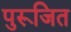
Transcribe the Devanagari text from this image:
पुरूजित